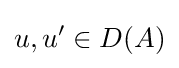
u,u'\in D(A)